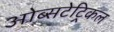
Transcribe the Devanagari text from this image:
ओब्सटेट्रिकल